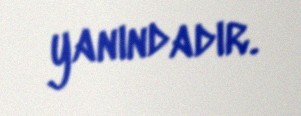
yanındadır.